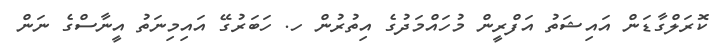
ކޮރަލްގާޑަން އައިޝަތު އަފްރީން މުހައްމަދުގެ އިތުރުން ހ. ހަބަރުގޭ އައިމިނަތު އީނާސްގެ ނަން